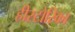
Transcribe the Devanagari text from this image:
हीस्टोरिका